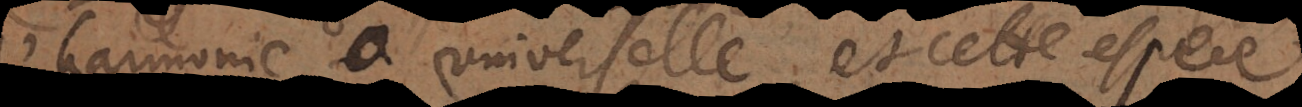
l’harmonie universelle, et cette espece